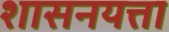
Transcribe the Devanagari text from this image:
शासनयत्ता